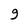
Character: 9